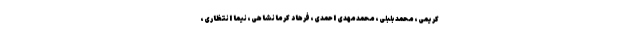
کریمی، محمد بلبلی، محمدمهدی احمدی، فرهاد کرمانشاهی، نیما انتظاری،